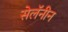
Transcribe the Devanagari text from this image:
सेलॅनीन